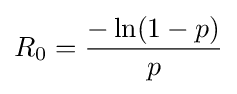
R_{0}={\frac {-\ln(1-p)}{p}}